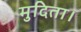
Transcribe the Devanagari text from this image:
मुदिता।